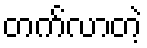
တက်လာတဲ့